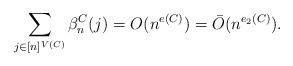
LaTeX: \begin{align*} \sum_{j\in [n]^{V(C)}} \beta_{n}^{C}(j) =O(n^{e(C)})=\bar O(n^{e_2(C)}).\end{align*}